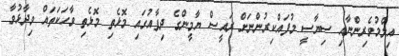
އިލްމުވެރިންނާއި ސިޔާސީ މުފައްކިރުންނަށް ރައީސް ޔާމީންގެ ދިފާއުގައި މޮޅެތި މޮޅެތި ވާހަކަތައް ވިދާޅުވާ